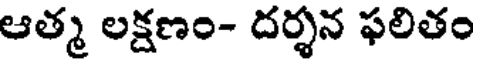
ఆత్మ లక్షణం- దర్శన ఫలితం